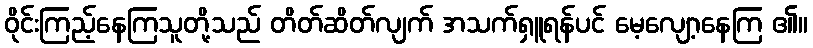
ဝိုင်းကြည့်နေကြသူတို့သည် တိတ်ဆိတ်လျက် အသက်ရှူရန်ပင် မေ့လျော့နေကြ ၏။